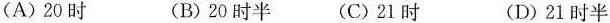
(A)20时 (B)20时半 (C)21时 (D)21时半